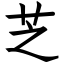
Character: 芝